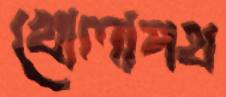
খোলাপথ